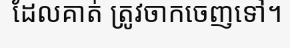
ដែលគាត់ ត្រូវចាកចេញទៅ។